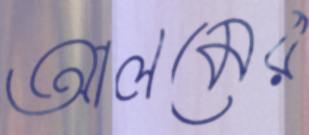
আলমের